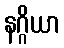
နဂ္ဂိယာ